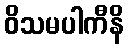
ဝိသမပါကီနိ